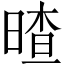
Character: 𣉎